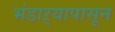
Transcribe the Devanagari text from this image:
भंडाऱ्यापासून